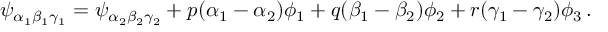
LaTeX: \psi _ { \alpha _ { 1 } \beta _ { 1 } \gamma _ { 1 } } = \psi _ { \alpha _ { 2 } \beta _ { 2 } \gamma _ { 2 } } + p ( \alpha _ { 1 } - \alpha _ { 2 } ) \phi _ { 1 } + q ( \beta _ { 1 } - \beta _ { 2 } ) \phi _ { 2 } + r ( \gamma _ { 1 } - \gamma _ { 2 } ) \phi _ { 3 } \, .